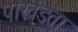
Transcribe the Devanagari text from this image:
पाखंडता